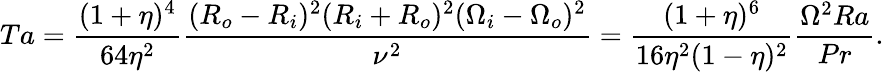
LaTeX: Ta=\frac{(1+\eta)^{4}}{64\eta^{2}}\frac{(R_{o}-R_{i})^{2}(R_{i}+R_{o})^{2}(\Omega_{i}-\Omega_{o})^{2}}{\nu^{2}}=\frac{(1+\eta)^{6}}{16\eta^{2}(1-\eta)^{2}}\frac{\Omega^{2}Ra}{Pr}.